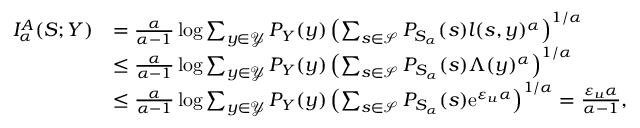
\begin{array} { r l } { I _ { \alpha } ^ { A } ( S ; Y ) } & { = \frac { \alpha } { \alpha - 1 } \log \sum _ { y \in \mathcal { Y } } P _ { Y } ( y ) \left( \sum _ { s \in \mathcal { S } } P _ { S _ { \alpha } } ( s ) l ( s , y ) ^ { \alpha } \right) ^ { 1 / \alpha } } \\ & { \leq \frac { \alpha } { \alpha - 1 } \log \sum _ { y \in \mathcal { Y } } P _ { Y } ( y ) \left( \sum _ { s \in \mathcal { S } } P _ { S _ { \alpha } } ( s ) \Lambda ( y ) ^ { \alpha } \right) ^ { 1 / \alpha } } \\ & { \leq \frac { \alpha } { \alpha - 1 } \log \sum _ { y \in \mathcal { Y } } P _ { Y } ( y ) \left( \sum _ { s \in \mathcal { S } } P _ { S _ { \alpha } } ( s ) \mathrm { e } ^ { \varepsilon _ { u } \alpha } \right) ^ { 1 / \alpha } = \frac { \varepsilon _ { u } \alpha } { \alpha - 1 } , } \end{array}